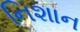
નિશાન